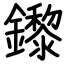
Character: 鑗